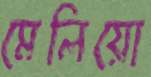
মেলিয়ো